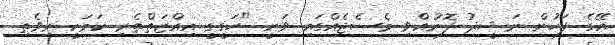
އޭގެ ފަހުން ނަޝީދު ފޮނުއްވި މެސެޖެއްގައި ވަނީ "ހަގީގީ އިއްޒަތްތެރި ކަމަކީ ރިވެތި